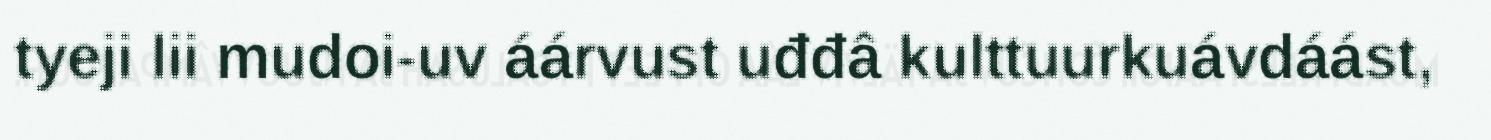
tyeji lii mudoi-uv áárvust uđđâ kulttuurkuávdáást,